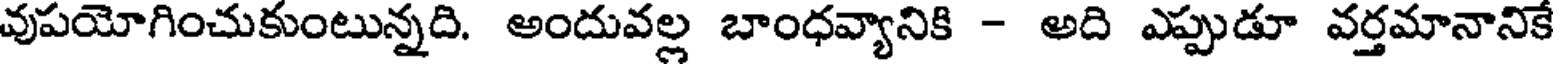
వుపయోగించుకుంటున్నది. అందువల్ల బాంధవ్యానికి - అది ఎప్పుడూ వర్తమానానికే